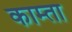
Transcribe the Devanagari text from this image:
काम्ता